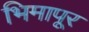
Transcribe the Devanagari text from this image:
भिमापूर